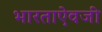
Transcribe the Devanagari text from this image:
भारताऐवजी